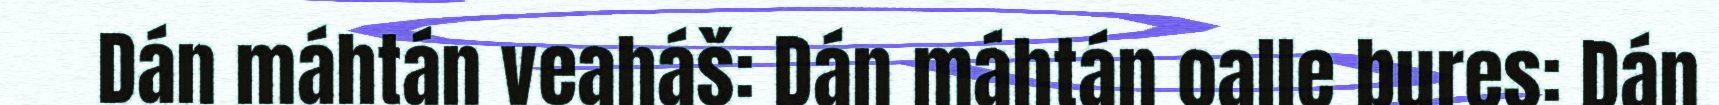
Dán máhtán veaháš: Dán máhtán oalle bures: Dán